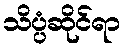
သိပ္ပံဆိုင်ရာ